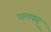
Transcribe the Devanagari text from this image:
पालकर्